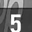
Digit: 5